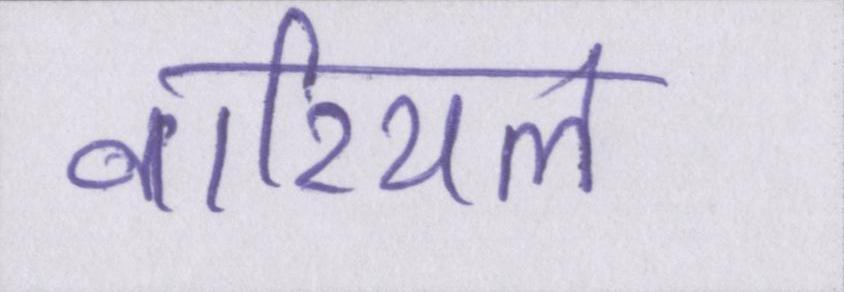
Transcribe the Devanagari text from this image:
नारियल